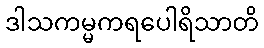
ဒါသကမ္မကရပေါရိသာတိ